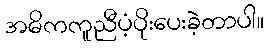
အဓိကကူညီပံ့ပိုးပေးခဲ့တာပါ။